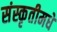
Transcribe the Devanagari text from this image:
संस्कृतीमधे